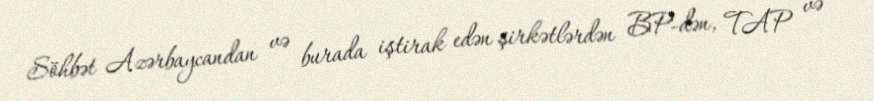
Söhbət Azərbaycandan və burada iştirak edən şirkətlərdən BP-dən, TAP və